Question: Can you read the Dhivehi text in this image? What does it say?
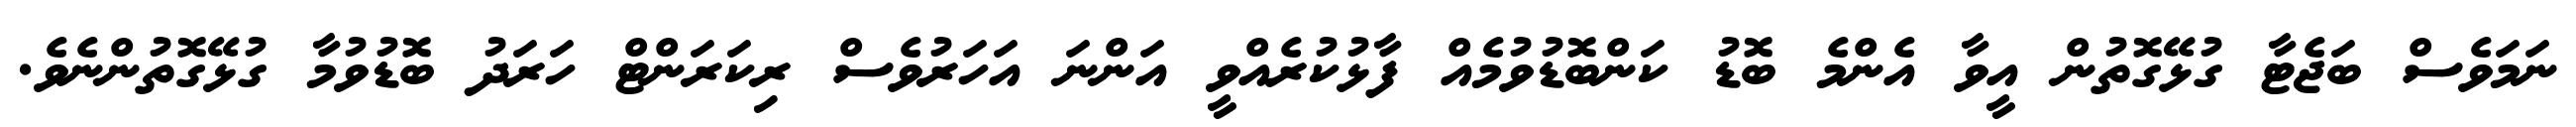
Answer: ނަމަވެސް ބަޖެޓާ ގުޅޭގޮތުން އީވާ އެންމެ ބޮޑު ކަންބޮޑުވުމެއް ފާޅުކުރެއްވީ އަންނަ އަހަރުވެސް ރިކަރަންޓް ހަރަދު ބޮޑުވުމާ ގުޅޭގޮތުންނެވެ.